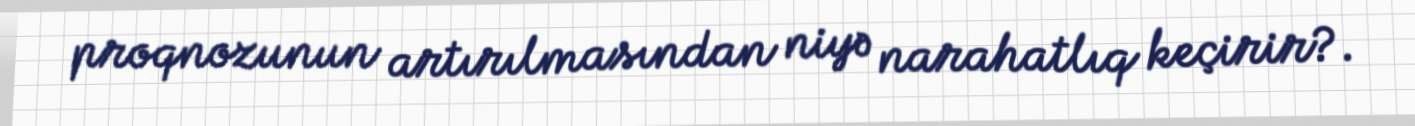
proqnozunun artırılmasından niyə narahatlıq keçirir?.